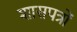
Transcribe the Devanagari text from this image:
शासपत्रों